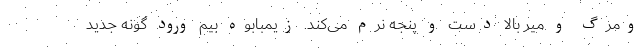
ومرگ و میر بالا دست و پنجه نرم می‌کند. زیمبابوه بیم ورود گونه جدید